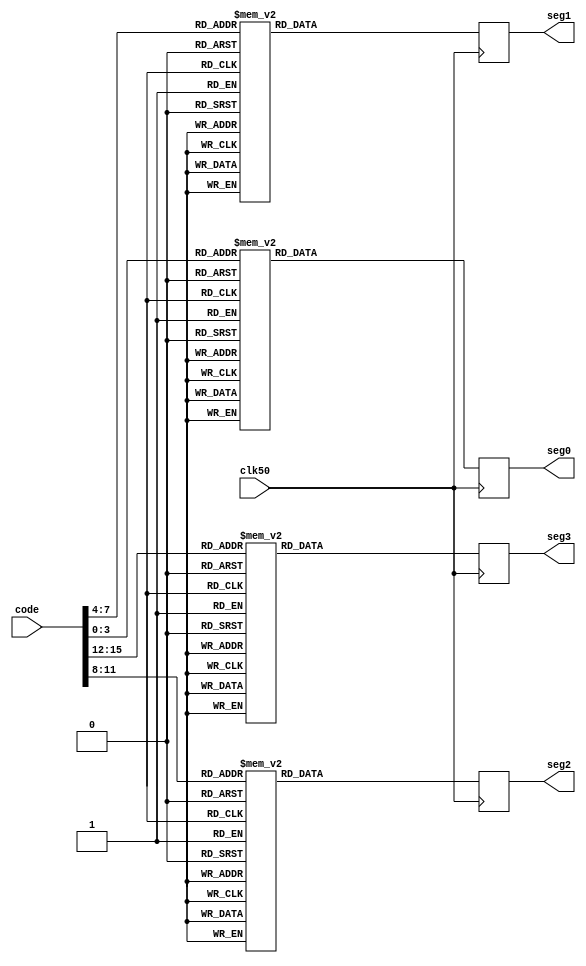

module seven_segment(
	clk50, 
	code, 
	seg0, 
	seg1,
	seg2,
	seg3
	);
	
	parameter[6:0] SEG_0 = 7'b1000000;
	parameter[6:0] SEG_1 = 7'b1111001;
	parameter[6:0] SEG_2 = 7'b0100100;
	parameter[6:0] SEG_3 = 7'b0110000;
	parameter[6:0] SEG_4 = 7'b0011001;
	parameter[6:0] SEG_5 = 7'b0010010;
	parameter[6:0] SEG_6 = 7'b0000010;
	parameter[6:0] SEG_7 = 7'b1111000;
	parameter[6:0] SEG_8 = 7'b0000000;
	parameter[6:0] SEG_9 = 7'b0010000;
	parameter[6:0] SEG_A = 7'b0001000;
	parameter[6:0] SEG_B = 7'b0000011;
	parameter[6:0] SEG_C = 7'b1000110;
	parameter[6:0] SEG_D = 7'b0100001;
	parameter[6:0] SEG_E = 7'b0000110;
	parameter[6:0] SEG_F = 7'b0001110;
	
	input clk50;
	input[15:0] code;
	output reg[6:0] seg0, seg1, seg2, seg3;
	
	always @(posedge clk50) begin

		case(code[15:12])
			4'h0:
				begin
					seg3 <= SEG_0;
				end
			4'h1:
				begin
					seg3 <= SEG_1;
				end
			4'h2:
				begin
					seg3 <= SEG_2;
				end
			4'h3:
				begin
					seg3 <= SEG_3;
				end
			4'h4:
				begin
					seg3 <= SEG_4;
				end
			4'h5:
				begin
					seg3 <= SEG_5;
				end
			4'h6:
				begin
					seg3 <= SEG_6;
				end
			4'h7:
				begin
					seg3 <= SEG_7;
				end
			4'h8:
				begin
					seg3 <= SEG_8;
				end
			4'h9:
				begin
					seg3 <= SEG_9;
				end
			4'hA:
				begin
					seg3 <= SEG_A;
				end
			4'hB:
				begin
					seg3 <= SEG_B;
				end
			4'hC:
				begin
					seg3 <= SEG_C;
				end
			4'hD:
				begin
					seg3 <= SEG_D;
				end
			4'hE:
				begin
					seg3 <= SEG_E;
				end
			4'hF:
				begin
					seg3 <= SEG_F;
				end
		endcase
		
		case(code[11:8])
			4'h0:
				begin
					seg2 <= SEG_0;
				end
			4'h1:
				begin
					seg2 <= SEG_1;
				end
			4'h2:
				begin
					seg2 <= SEG_2;
				end
			4'h3:
				begin
					seg2 <= SEG_3;
				end
			4'h4:
				begin
					seg2 <= SEG_4;
				end
			4'h5:
				begin
					seg2 <= SEG_5;
				end
			4'h6:
				begin
					seg2 <= SEG_6;
				end
			4'h7:
				begin
					seg2 <= SEG_7;
				end
			4'h8:
				begin
					seg2 <= SEG_8;
				end
			4'h9:
				begin
					seg2 <= SEG_9;
				end
			4'hA:
				begin
					seg2 <= SEG_A;
				end
			4'hB:
				begin
					seg2 <= SEG_B;
				end
			4'hC:
				begin
					seg2 <= SEG_C;
				end
			4'hD:
				begin
					seg2 <= SEG_D;
				end
			4'hE:
				begin
					seg2 <= SEG_E;
				end
			4'hF:
				begin
					seg2 <= SEG_F;
				end
		endcase
		
		case(code[7:4])
			4'h0:
				begin
					seg1 <= SEG_0;
				end
			4'h1:
				begin
					seg1 <= SEG_1;
				end
			4'h2:
				begin
					seg1 <= SEG_2;
				end
			4'h3:
				begin
					seg1 <= SEG_3;
				end
			4'h4:
				begin
					seg1 <= SEG_4;
				end
			4'h5:
				begin
					seg1 <= SEG_5;
				end
			4'h6:
				begin
					seg1 <= SEG_6;
				end
			4'h7:
				begin
					seg1 <= SEG_7;
				end
			4'h8:
				begin
					seg1 <= SEG_8;
				end
			4'h9:
				begin
					seg1 <= SEG_9;
				end
			4'hA:
				begin
					seg1 <= SEG_A;
				end
			4'hB:
				begin
					seg1 <= SEG_B;
				end
			4'hC:
				begin
					seg1 <= SEG_C;
				end
			4'hD:
				begin
					seg1 <= SEG_D;
				end
			4'hE:
				begin
					seg1 <= SEG_E;
				end
			4'hF:
				begin
					seg1 <= SEG_F;
				end
		endcase
		
		case(code[3:0])
			4'h0:
				begin
					seg0 <= SEG_0;
				end
			4'h1:
				begin
					seg0 <= SEG_1;
				end
			4'h2:
				begin
					seg0 <= SEG_2;
				end
			4'h3:
				begin
					seg0 <= SEG_3;
				end
			4'h4:
				begin
					seg0 <= SEG_4;
				end
			4'h5:
				begin
					seg0 <= SEG_5;
				end
			4'h6:
				begin
					seg0 <= SEG_6;
				end
			4'h7:
				begin
					seg0 <= SEG_7;
				end
			4'h8:
				begin
					seg0 <= SEG_8;
				end
			4'h9:
				begin
					seg0 <= SEG_9;
				end
			4'hA:
				begin
					seg0 <= SEG_A;
				end
			4'hB:
				begin
					seg0 <= SEG_B;
				end
			4'hC:
				begin
					seg0 <= SEG_C;
				end
			4'hD:
				begin
					seg0 <= SEG_D;
				end
			4'hE:
				begin
					seg0 <= SEG_E;
				end
			4'hF:
				begin
					seg0 <= SEG_F;
				end
		endcase
	end
endmodule